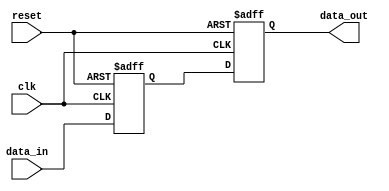
module behavioral_model (
    input wire clk,         // Clock signal
    input wire reset,       // Reset signal
    input wire [3:0] data_in, // 4-bit input data
    output reg [3:0] data_out // 4-bit output data
);

// Signal declaration
reg [3:0] internal_reg;

// Task definition
task update_register;
    input [3:0] new_data;
    begin
        // Non-blocking assignment to internal register
        internal_reg <= new_data;
        // Simulate some additional behavior
        data_out <= internal_reg; // This is also a non-blocking assignment
    end
endtask

// Always block to trigger the task on clock edge or reset
always @(posedge clk or posedge reset) begin
    if (reset) begin
        // Reset the internal register and output
        internal_reg <= 4'b0000;
        data_out <= 4'b0000;
    end else begin
        // Call the task to update the register
        update_register(data_in);
    end
end

endmodule